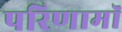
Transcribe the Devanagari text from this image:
परिणामॉ